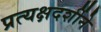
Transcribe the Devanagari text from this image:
प्रत्यक्षदर्शीने